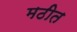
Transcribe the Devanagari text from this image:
मठीत